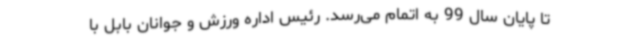
تا پایان سال 99 به اتمام می‌رسد. رئیس اداره ورزش و جوانان بابل با